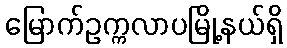
မြောက်ဥက္ကလာပမြို့နယ်ရှိ